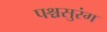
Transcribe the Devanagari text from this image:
पश्चसुरंग